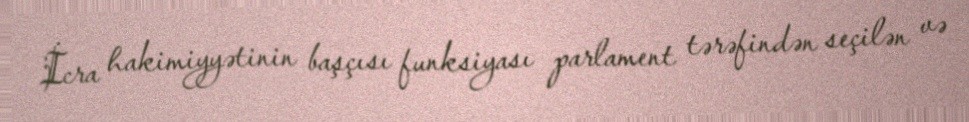
İcra hakimiyyətinin başçısı funksiyası parlament tərəfindən seçilən və